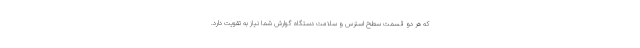
که هر دو قسمت سطح استرس و سلامت دستگاه گوارش شما نیاز به تقویت دارد.